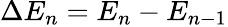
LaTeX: \Delta E_{n}=E_{n}-E_{n-1}